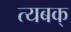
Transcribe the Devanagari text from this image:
त्यबक्